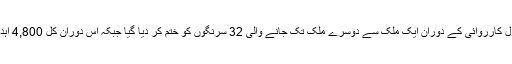
اسرائيلی فوج کے بقول کارروائی کے دوران ايک ملک سے دوسرے ملک تک جانے والی 32 سرنگوں کو ختم کر ديا گيا جبکہ اس دوران کُل 4,800 اہداف کو نشانہ بنايا گيا۔